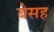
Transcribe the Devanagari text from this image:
बेसह